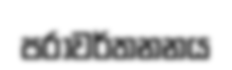
පරාවර්තනනය